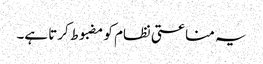
یہ مناعتی نظام کو مضبوط کرتا ہے۔